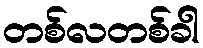
တစ်လတစ်ခါ